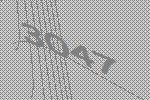
3047